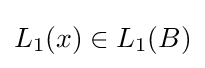
L_{1}(x)\in L_{1}(B)